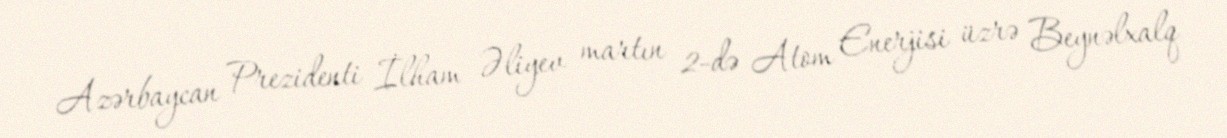
Azərbaycan Prezidenti İlham Əliyev martın 2-də Atom Enerjisi üzrə Beynəlxalq